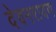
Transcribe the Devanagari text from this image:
देवनरायण